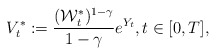
\begin{align*} V^*_t := \frac{(\mathcal{W}^*_t)^{1-\gamma}}{1-\gamma} e^{Y_t}, t\in[0,T],\end{align*}